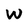
Character: W